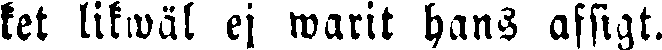
ket likwäl ej warit hans afsigt.